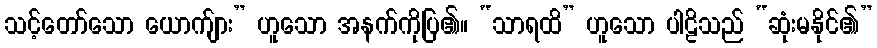
သင့်တော်သော ယောက်ျား” ဟူသော အနက်ကိုပြ၏။ “သာရထိ” ဟူသော ပါဠိသည် “ဆုံးမနိုင်၏”